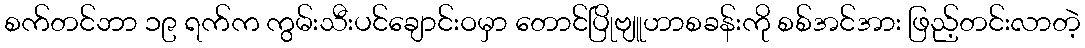
စက်တင်ဘာ ၁၉ ရက်က ကွမ်းသီးပင်ချောင်းဝမှာ တောင်ပြိုဗျူဟာစခန်းကို စစ်အင်အား ဖြည့်တင်းလာတဲ့